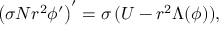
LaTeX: \left( \sigma N r ^ { 2 } \phi ^ { \prime } \right) ^ { \prime } = \sigma \, ( U - r ^ { 2 } \Lambda ( \phi ) ) ,